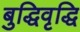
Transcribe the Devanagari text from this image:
बुद्धिवृद्धि